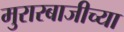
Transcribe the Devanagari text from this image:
मुरारबाजीच्या